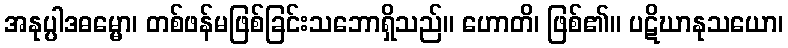
အနုပ္ပါဒဓမ္မော၊ တစ်ဖန်မဖြစ်ခြင်းသဘောရှိသည်။ ဟောတိ၊ ဖြစ်၏။ ပဋိဃာနုသယော၊